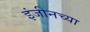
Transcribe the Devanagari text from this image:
इंजीनच्या